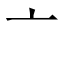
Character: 亠